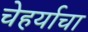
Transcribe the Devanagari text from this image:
चेहर्याचा